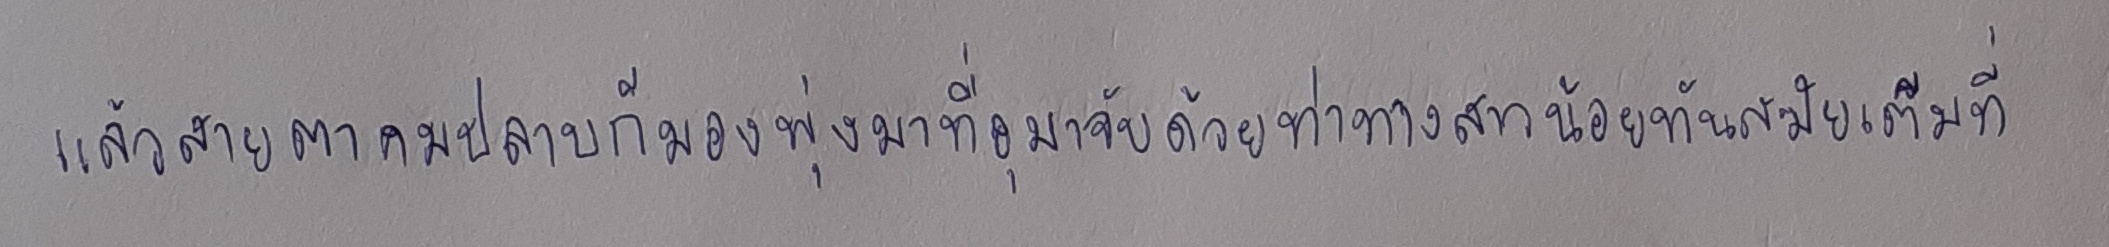
แล้วสายตาคมปลาบก็มองพุ่งมาที่อุมาจับด้วยท่าทางสาวทันสมัยเต็มที่